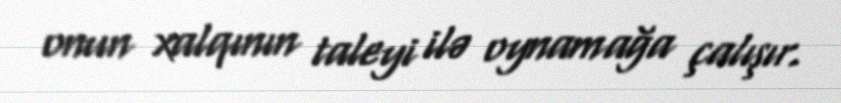
onun xalqının taleyi ilə oynamağa çalışır.